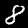
Label: 8